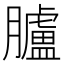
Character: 臚